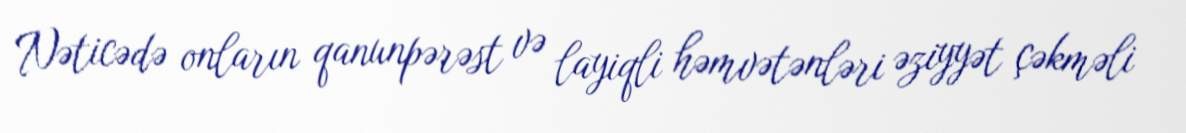
Nəticədə onların qanunpərəst və layiqli həmvətənləri əziyyət çəkməli